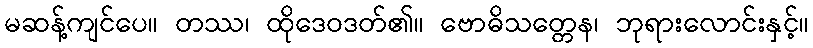
မဆန့်ကျင်ပေ။ တဿ၊ ထိုဒေဝဒတ်၏။ ဗောဓိသတ္တေန၊ ဘုရားလောင်းနှင့်။